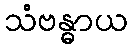
သံဗန္ဓာယ